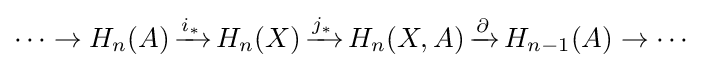
\cdots \to H_{n}(A)\,{\xrightarrow {i_{*}}}\,H_{n}(X)\,{\xrightarrow {j_{*}}}\,H_{n}(X,A)\,{\xrightarrow {\partial }}\,H_{n-1}(A)\to \cdots